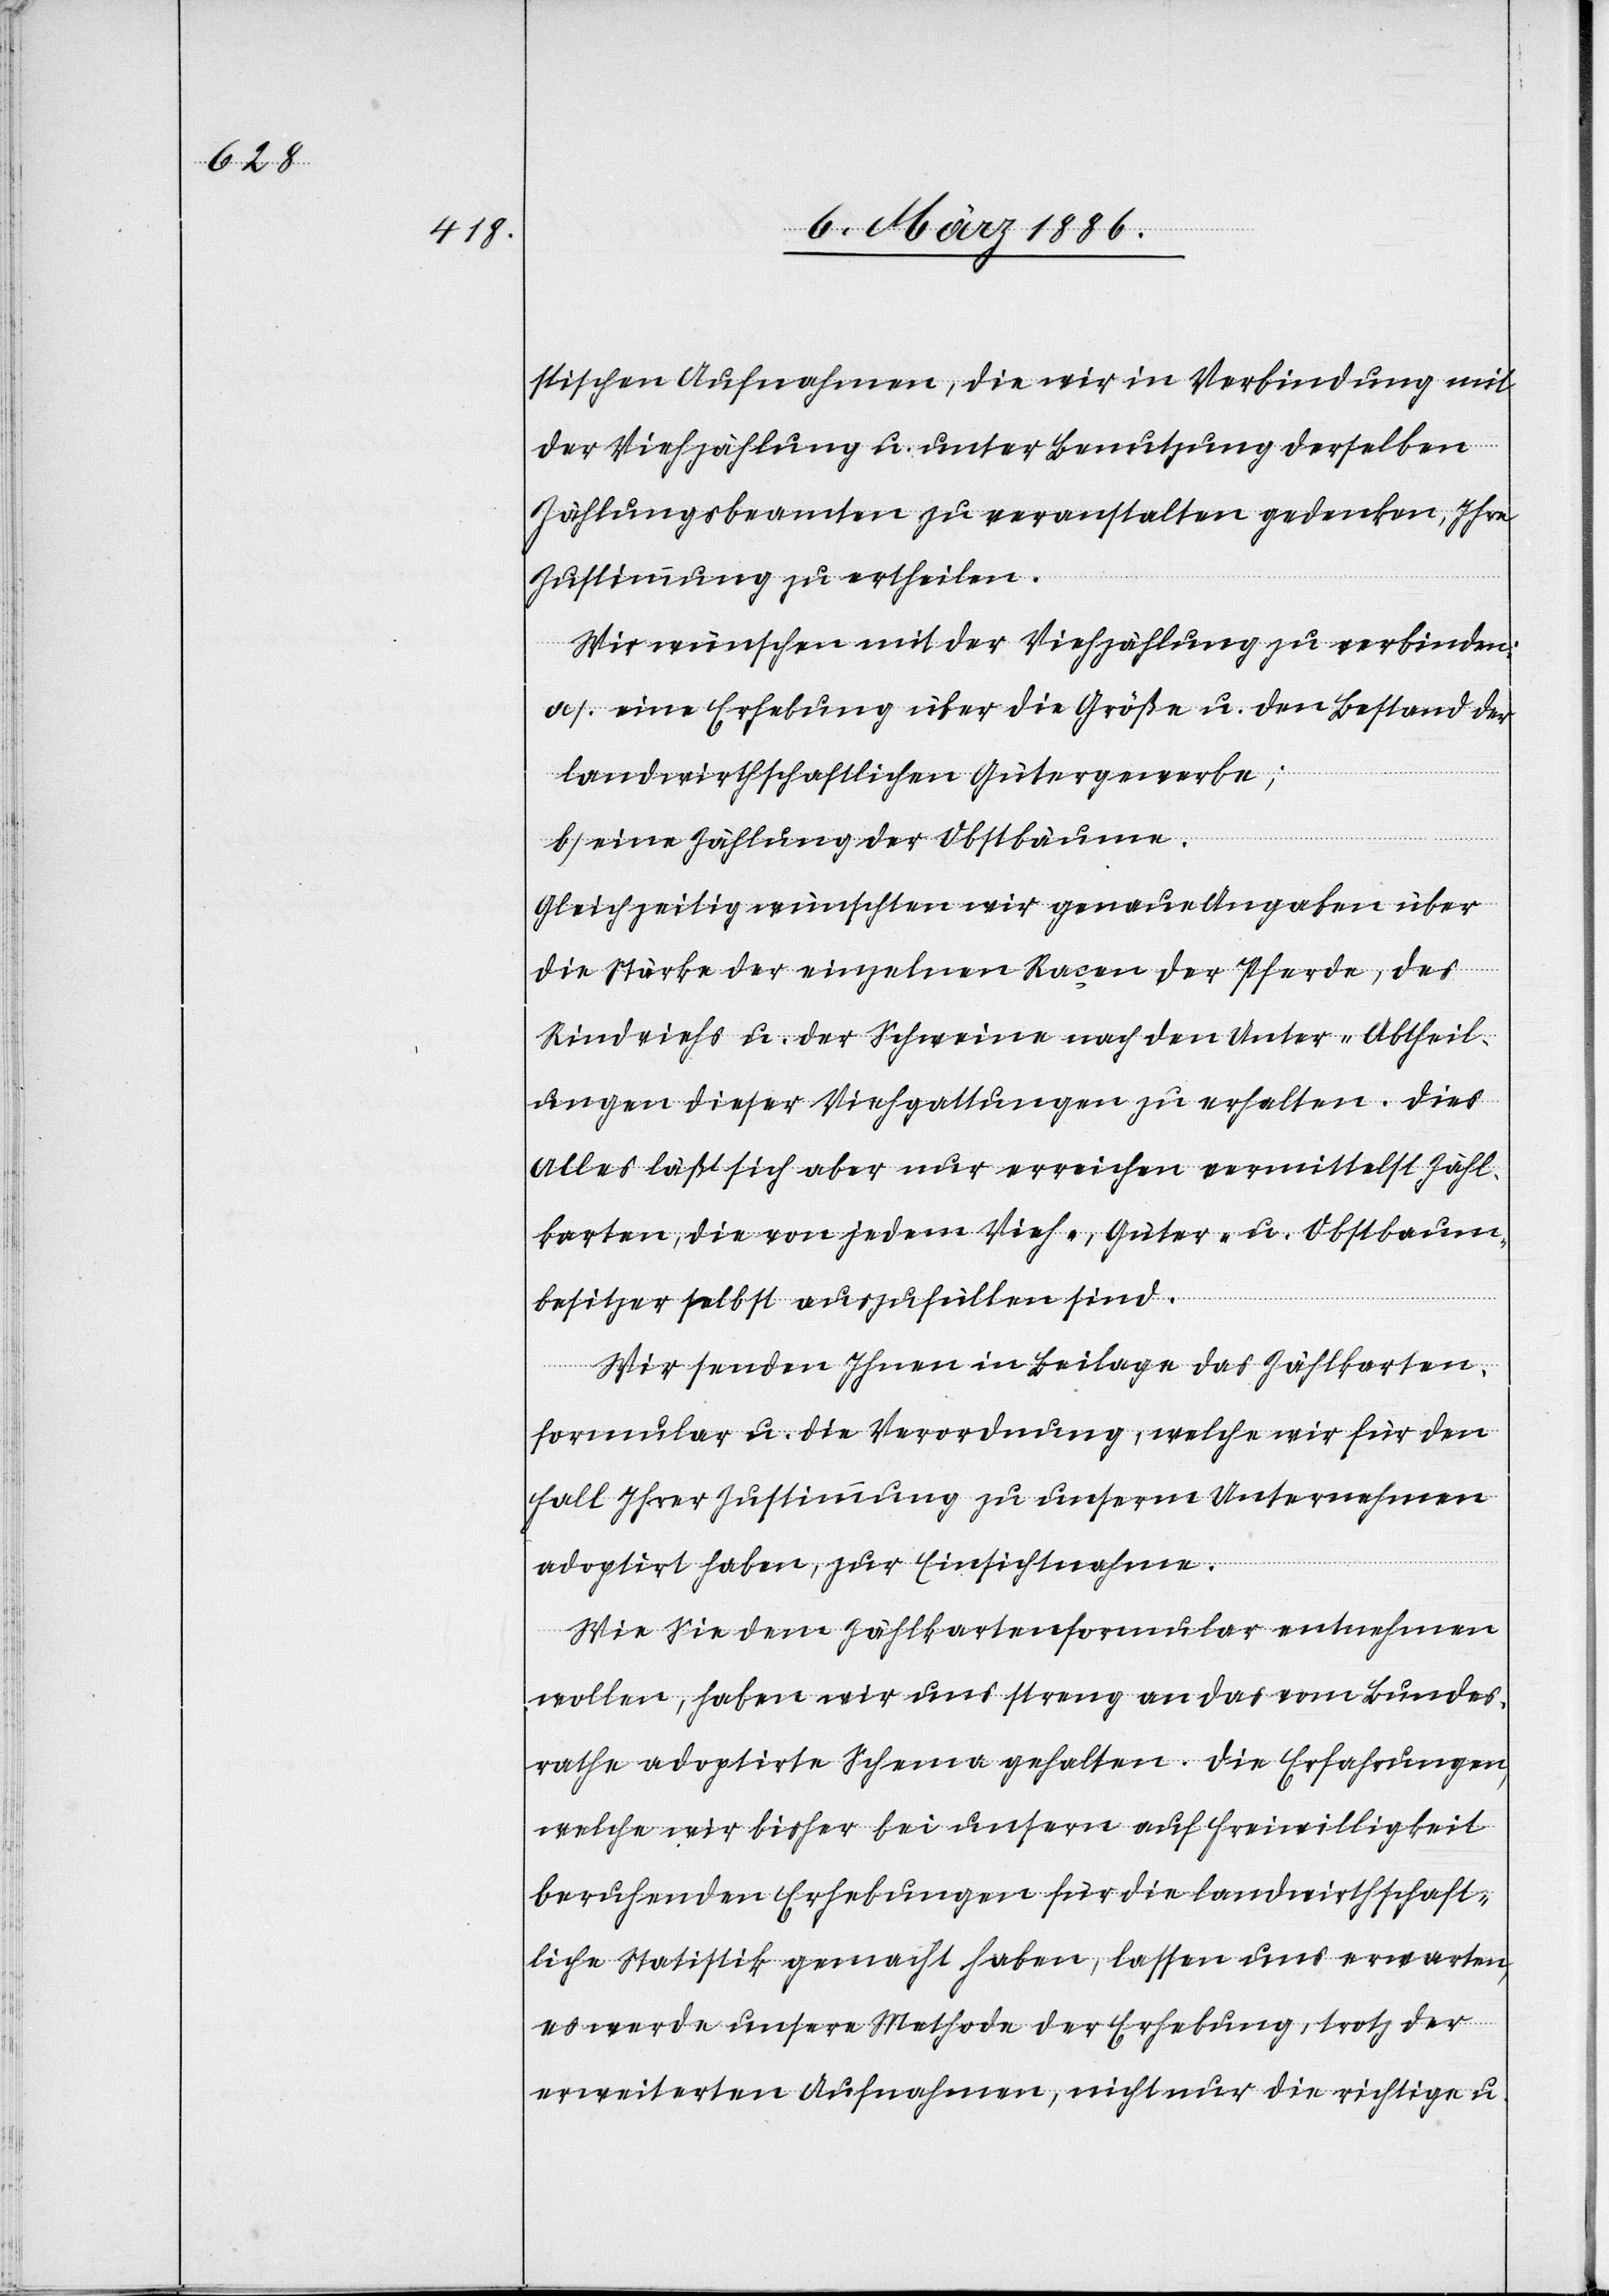
stischen Aufnahme, die wir in Verbindung mit
der Viehzählung u. unter Benutzung derselben
Zählungsbeamten zu veranstalten gedenken, Ihre
Zustimmung zu ertheilen.
Wir wünschen mit der Viehzählung zu verbinden:
a) eine Erhebung über die Größe u. den Bestand der
landwirthschaftlichen Gütergewerbe;
b) eine Zählung der Obstbäume.
Gleichzeitig wünschten wir genaue Angaben über
die Stärke der einzelnen Raçen der Pferde, des
Rindviehs u. der Schweine nach den Unter-Abtheil¬
ungen dieser Viehgattungen zu erhalten. Dies
Alles läßt sich aber nur erreichen vermittelst Zähl¬
karten, die von jedem Vieh-, Güter- u. Obstbaum¬
besitzer selbst auszufüllen sind.
Wir senden Ihnen in Beilage das Zählkarten¬
formular u. die Verordnung, welche wir für den
Fall Ihrer Zustimmung zu unserm Unternehmen
adoptirt haben, zur Einsichtnahme.
Wie Sie dem Zählkartenformular entnehmen
wollen, haben wir uns streng an das vom Bundes¬
rathe adoptirte Schema gehalten. Die Erfahrungen,
welche wir bisher bei unsern auf Freiwilligkeit
beruhenden Erhebungen für die landwirthschaft¬
liche Statistik gemacht haben, lassen uns erwarten,
es werde unsere Methode der Erhebung, trotz der
erweiterten Aufnahme, nicht nur die richtige u.